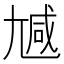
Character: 𡯽